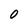
Character: O